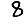
Digit: 8